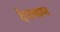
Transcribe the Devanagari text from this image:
देवऋण